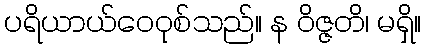
ပရိယာယ်ဝေဝုစ်သည်။ န ဝိဇ္ဇတိ၊ မရှိ။